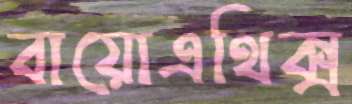
বায়োএথিক্স